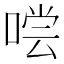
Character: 𰈇